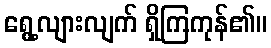
ရွေ့လျားလျက် ရှိကြကုန်၏။